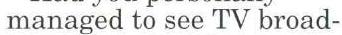
managed to see TV broad-